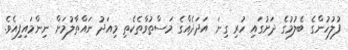
ފުލުހުންގެ ބެލުމުގެ ދަށުގައި ހުރި ގިނަ އަދަދެއްގެ މަސްތުވާތެކެތި މިއަދު ނައްތާލުމަށް ނިންމައިފިއެވެ.